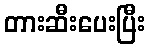
တားဆီးပေးပြီး